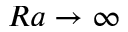
R a \rightarrow \infty